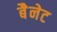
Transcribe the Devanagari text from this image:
बैेनेट